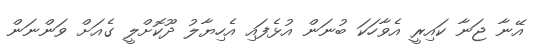
އޭނާ ޖަނާ ކައިރީ އެވާހަކަ ބުނަން އުޅެފައި އެހިޔާލު ދޫކޮށްލީ ގެއަށް ވަންނަން